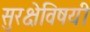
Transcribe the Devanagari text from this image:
सुरक्षेविषयी